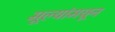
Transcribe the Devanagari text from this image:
मूल्‍यांमधून